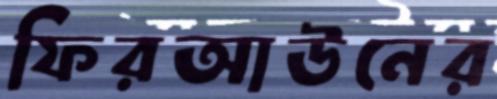
ফিরআউনের